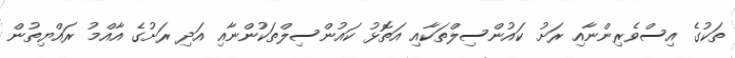
ތަކުގެ އިސްވެރިންނާއި ރަށު ކައުންސިލްތަކާއި އަތޮޅު ކައުންސިލްތަކުންނާއި އަދި ރަށުގެ އާއްމު ރައްޔިތުން